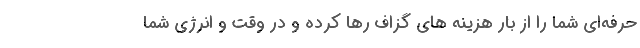
حرفه­ای شما را از بار هزینه ­های گزاف رها کرده و در وقت و انرژی شما